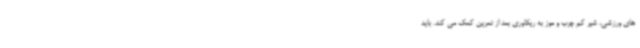
های ورزشی، شیر کم چرب و موز به ریکاوری بعد از تمرین کمک می کند. باید